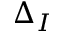
\Delta _ { I }